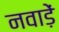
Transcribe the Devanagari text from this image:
नवाड़ें